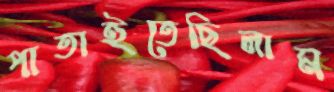
পাতাইতেছিলাম